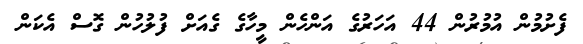
ފެށުމުން އުމުރުން 44 އަހަރުގެ އަންހެން މީހާގެ ގެއަށް ފުލުހުން ގޮސް އެކަން